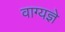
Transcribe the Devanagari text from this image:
वाग्यज्ञे